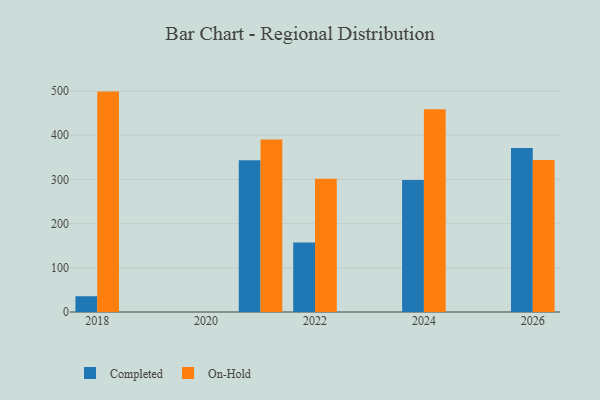
{"axis": {"x": "Year", "y": "Temperature (°C)"}, "legend": ["Completed", "On-Hold"], "data": [{"x": "2021", "y": 343.2, "type": "Completed"}, {"x": "2021", "y": 390.4, "type": "On-Hold"}, {"x": "2018", "y": 35.7, "type": "Completed"}, {"x": "2018", "y": 498.8, "type": "On-Hold"}, {"x": "2024", "y": 298.8, "type": "Completed"}, {"x": "2024", "y": 459.0, "type": "On-Hold"}, {"x": "2022", "y": 157.2, "type": "Completed"}, {"x": "2022", "y": 301.3, "type": "On-Hold"}, {"x": "2026", "y": 371.4, "type": "Completed"}, {"x": "2026", "y": 343.8, "type": "On-Hold"}]}